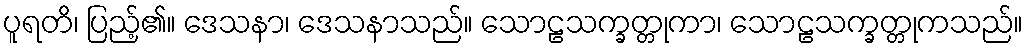
ပူရတိ၊ ပြည့်၏။ ဒေသနာ၊ ဒေသနာသည်။ သောဠသက္ခတ္တုကာ၊ သောဠသက္ခတ္တုကသည်။